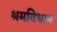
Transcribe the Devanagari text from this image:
श्रमविधान